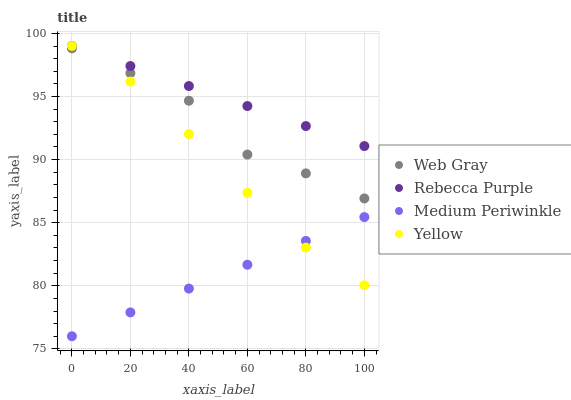
| xaxis_label | Web Gray | Rebecca Purple | Medium Periwinkle | Yellow |
 | --- | --- | --- | --- | --- |
 | 0 | 98.8 | 99 | 76 | 99 |
 | 20 | 96.9 | 97.4 | 77.9 | 96.2 |
 | 40 | 94.7 | 95.8 | 79.8 | 92 |
 | 60 | 90.4 | 94.2 | 81.7 | 87.4 |
 | 80 | 88.9 | 92.7 | 83.6 | 83 |
 | 100 | 86.9 | 91.1 | 85.4 | 80 |